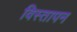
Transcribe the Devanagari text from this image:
विस्तापन